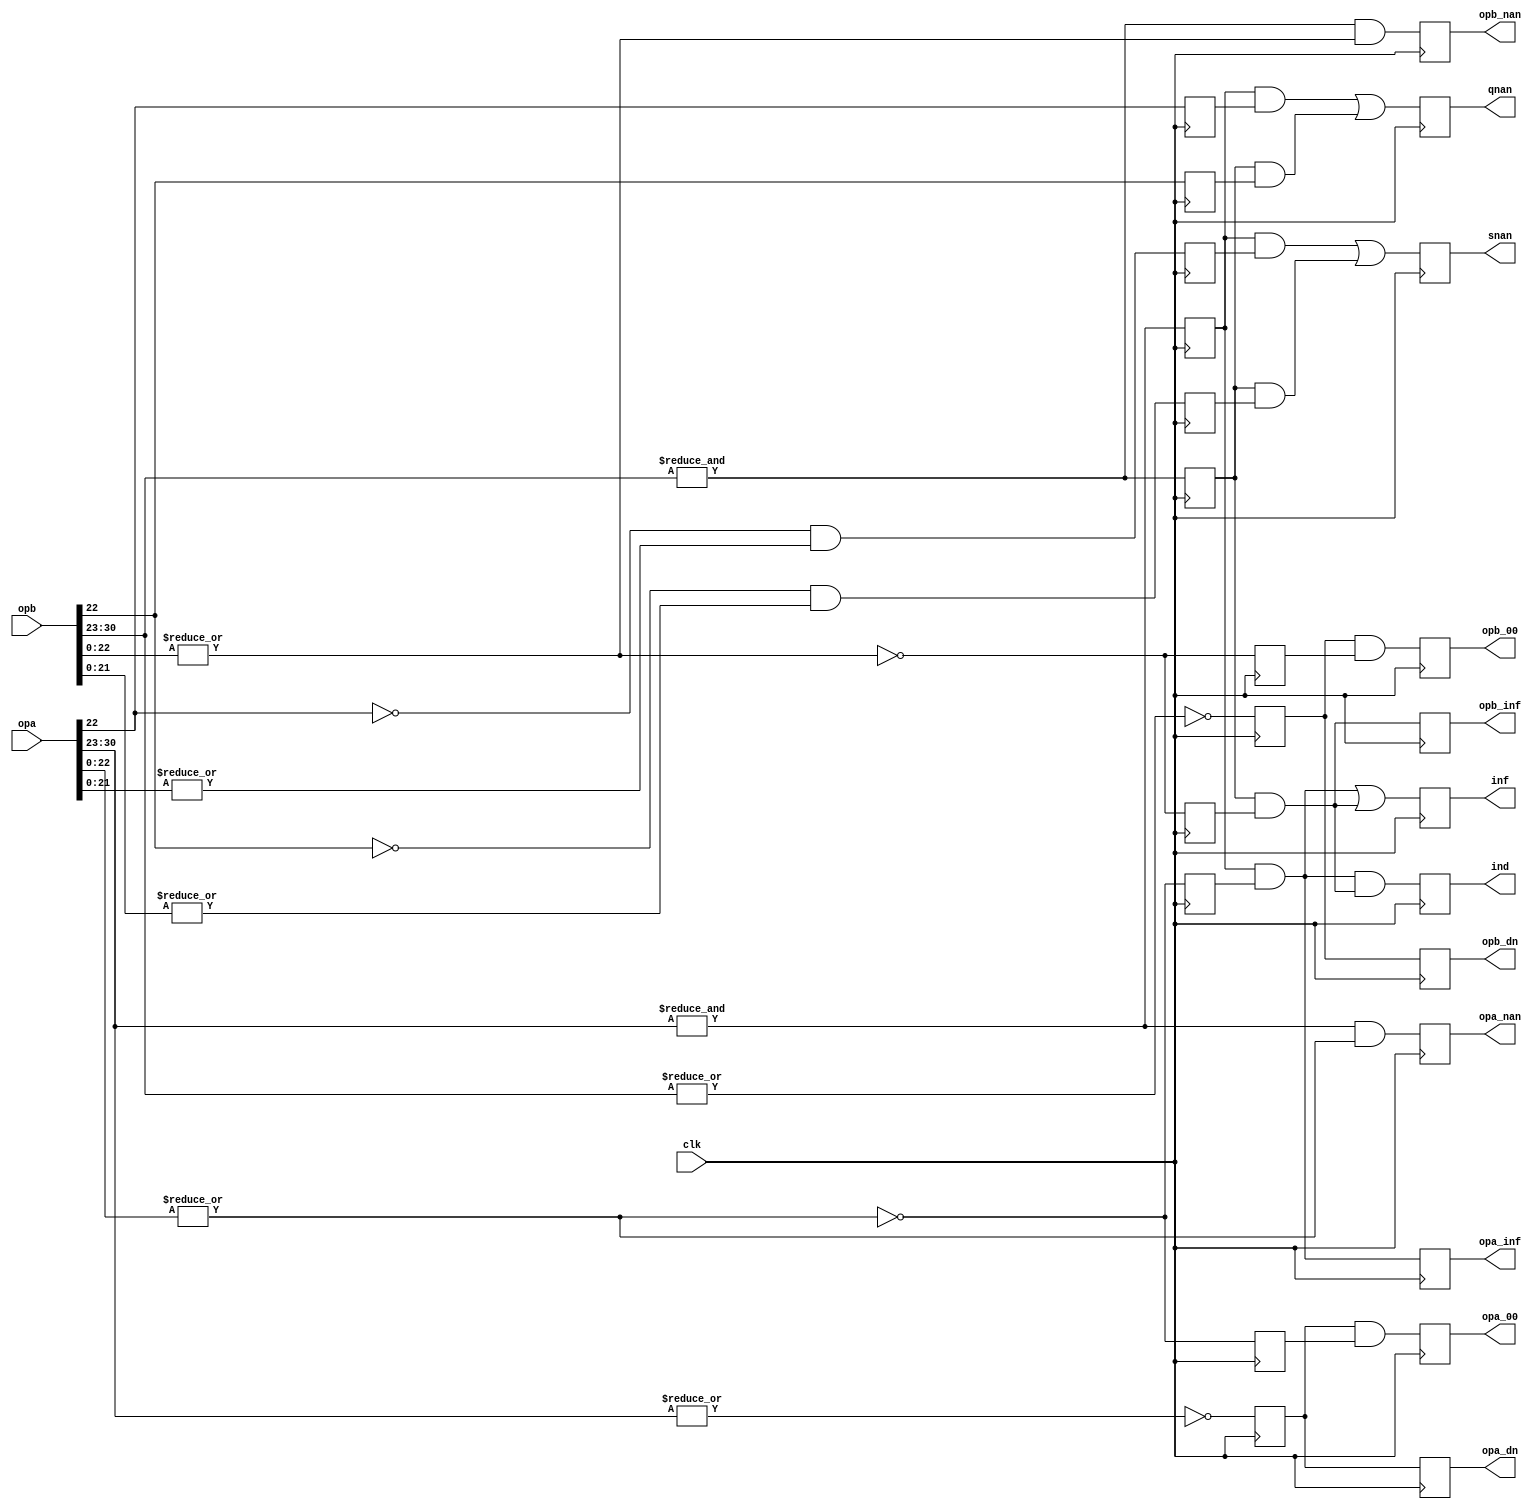
module except(	clk, opa, opb, inf, ind, qnan, snan, opa_nan, opb_nan,
		opa_00, opb_00, opa_inf, opb_inf, opa_dn, opb_dn);
input		clk;
input	[30:0]	opa, opb;
output		inf, ind, qnan, snan, opa_nan, opb_nan;
output		opa_00, opb_00;
output		opa_inf, opb_inf;
output		opa_dn;
output		opb_dn;
wire	[7:0]	expa, expb;		
wire	[22:0]	fracta, fractb;		
reg		expa_ff, infa_f_r, qnan_r_a, snan_r_a;
reg		expb_ff, infb_f_r, qnan_r_b, snan_r_b;
reg		inf, ind, qnan, snan;	
reg		opa_nan, opb_nan;
reg		expa_00, expb_00, fracta_00, fractb_00;
reg		opa_00, opb_00;
reg		opa_inf, opb_inf;
reg		opa_dn, opb_dn;
assign   expa = opa[30:23];
assign   expb = opb[30:23];
assign fracta = opa[22:0];
assign fractb = opb[22:0];
always @(posedge clk)
	expa_ff <=  &expa;
always @(posedge clk)
	expb_ff <=  &expb;
always @(posedge clk)
	infa_f_r <=  !(|fracta);
always @(posedge clk)
	infb_f_r <=  !(|fractb);
always @(posedge clk)
	qnan_r_a <=   fracta[22];
always @(posedge clk)
	snan_r_a <=  !fracta[22] & |fracta[21:0];
always @(posedge clk)
	qnan_r_b <=   fractb[22];
always @(posedge clk)
	snan_r_b <=  !fractb[22] & |fractb[21:0];
always @(posedge clk)
	ind  <=  (expa_ff & infa_f_r) & (expb_ff & infb_f_r);
always @(posedge clk)
	inf  <=  (expa_ff & infa_f_r) | (expb_ff & infb_f_r);
always @(posedge clk)
	qnan <=  (expa_ff & qnan_r_a) | (expb_ff & qnan_r_b);
always @(posedge clk)
	snan <=  (expa_ff & snan_r_a) | (expb_ff & snan_r_b);
always @(posedge clk)
	opa_nan <=  &expa & (|fracta[22:0]);
always @(posedge clk)
	opb_nan <=  &expb & (|fractb[22:0]);
always @(posedge clk)
	opa_inf <=  (expa_ff & infa_f_r);
always @(posedge clk)
	opb_inf <=  (expb_ff & infb_f_r);
always @(posedge clk)
	expa_00 <=  !(|expa);
always @(posedge clk)
	expb_00 <=  !(|expb);
always @(posedge clk)
	fracta_00 <=  !(|fracta);
always @(posedge clk)
	fractb_00 <=  !(|fractb);
always @(posedge clk)
	opa_00 <=  expa_00 & fracta_00;
always @(posedge clk)
	opb_00 <=  expb_00 & fractb_00;
always @(posedge clk)
	opa_dn <=  expa_00;
always @(posedge clk)
	opb_dn <=  expb_00;
endmodule